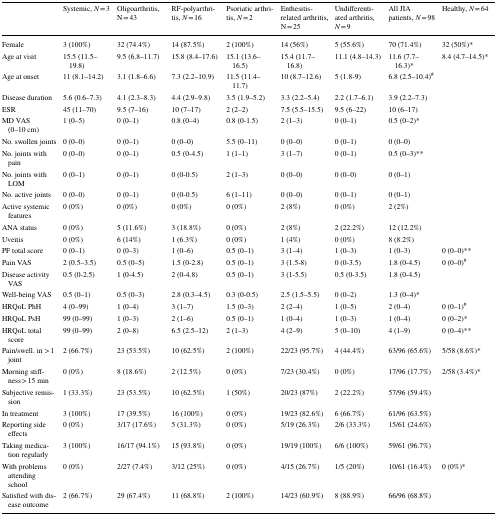
<table><thead><tr><td></td><td><b>Systemic, <i>N</i> = 3</b></td><td><b>Oligoarthritis, N = 43</b></td><td><b>RF-polyarthritis, <i>N</i> = 16</b></td><td><b>Psoriatic arthritis, <i>N</i> = 2</b></td><td><b>Enthesitis-related arthritis, N = 25</b></td><td><b>Undifferentiated arthritis, <i>N</i> = 9</b></td><td><b>All JIA patients, <i>N</i> = 98</b></td><td><b>Healthy, <i>N</i> = 64</b></td></tr></thead><tbody><tr><td>Female</td><td>3 (100%)</td><td>32 (74.4%)</td><td>14 (87.5%)</td><td>2 (100%)</td><td>14 (56%)</td><td>5 (55.6%)</td><td>70 (71.4%)</td><td>32 (50%)*</td></tr><tr><td>Age at visit</td><td>15.5 (11.5–19.8)</td><td>9.5 (6.8–11.7)</td><td>15.8 (8.4–17.6)</td><td>15.1 (13.6–16.5)</td><td>15.4 (11.7–16.8)</td><td>11.1 (4.8–14.3)</td><td>11.6 (7.7–16.3)*</td><td>8.4 (4.7–14.5)*</td></tr><tr><td>Age at onset</td><td>11 (8.1–14.2)</td><td>3.1 (1.8–6.6)</td><td>7.3 (2.2–10.9)</td><td>11.5 (11.4–11.7)</td><td>10 (8.7–12.6)</td><td>5 (1.8-9)</td><td>6.8 (2.5–10.4)<sup>#</sup></td><td></td></tr><tr><td>Disease duration</td><td>5.6 (0.6–7.3)</td><td>4.1 (2.3–8.3)</td><td>4.4 (2.9–9.8)</td><td>3.5 (1.9–5.2)</td><td>3.3 (2.2–5.4)</td><td>2.2 (1.7–6.1)</td><td>3.9 (2.2–7.3)</td><td></td></tr><tr><td>ESR</td><td>45 (11–70)</td><td>9.5 (7–16)</td><td>10 (7–17)</td><td>2 (2–2)</td><td>7.5 (5.5–15.5)</td><td>9.5 (6–22)</td><td>10 (6–17)</td><td></td></tr><tr><td>MD VAS (0–10 cm)</td><td>1 (0–5)</td><td>0 (0–1)</td><td>0.8 (0–4)</td><td>0.8 (0-1.5)</td><td>2 (1–3)</td><td>0 (0–1)</td><td>0.5 (0–2)*</td><td></td></tr><tr><td>No. swollen joints</td><td>0 (0–0)</td><td>0 (0–1)</td><td>0 (0–0)</td><td>5.5 (0–11)</td><td>0 (0–0)</td><td>0 (0–1)</td><td>0 (0–0)</td><td></td></tr><tr><td>No. joints with pain</td><td>0 (0–0)</td><td>0 (0–1)</td><td>0.5 (0-4.5)</td><td>1 (1–1)</td><td>3 (1–7)</td><td>0 (0–1)</td><td>0.5 (0–3)**</td><td></td></tr><tr><td>No. joints with LOM</td><td>0 (0–1)</td><td>0 (0–1)</td><td>0 (0-0.5)</td><td>2 (1–3)</td><td>0 (0–0)</td><td>0 (0–0)</td><td>0 (0–1)</td><td></td></tr><tr><td>No. active joints</td><td>0 (0–0)</td><td>0 (0–1)</td><td>0 (0-0.5)</td><td>6 (1–11)</td><td>0 (0–0)</td><td>0 (0–1)</td><td>0 (0–1)</td><td></td></tr><tr><td>Active systemic features</td><td>0 (0%)</td><td>0 (0%)</td><td>0 (0%)</td><td>0 (0%)</td><td>2 (8%)</td><td>0 (0%)</td><td>2 (2%)</td><td></td></tr><tr><td>ANA status</td><td>0 (0%)</td><td>5 (11.6%)</td><td>3 (18.8%)</td><td>0 (0%)</td><td>2 (8%)</td><td>2 (22.2%)</td><td>12 (12.2%)</td><td></td></tr><tr><td>Uveitis</td><td>0 (0%)</td><td>6 (14%)</td><td>1 (6.3%)</td><td>0 (0%)</td><td>1 (4%)</td><td>0 (0%)</td><td>8 (8.2%)</td><td></td></tr><tr><td>PF total score</td><td>0 (0–1)</td><td>0 (0–3)</td><td>1 (0–6)</td><td>0.5 (0–1)</td><td>3 (1–4)</td><td>1 (0–3)</td><td>1 (0–3)</td><td>0 (0–0)**</td></tr><tr><td>Pain VAS</td><td>2 (0.5–3.5)</td><td>0.5 (0–5)</td><td>1.5 (0-2.8)</td><td>0.5 (0–1)</td><td>3 (1.5-8)</td><td>0 (0-3.5)</td><td>1.8 (0-4.5)</td><td>0 (0–0)<sup>#</sup></td></tr><tr><td>Disease activity VAS</td><td>0.5 (0-2.5)</td><td>1 (0-4.5)</td><td>2 (0-4.8)</td><td>0.5 (0–1)</td><td>3 (1-5.5)</td><td>0.5 (0-3.5)</td><td>1.8 (0-4.5)</td><td></td></tr><tr><td>Well-being VAS</td><td>0.5 (0–1)</td><td>0.5 (0–3)</td><td>2.8 (0.3–4.5)</td><td>0.3 (0-0.5)</td><td>2.5 (1.5–5.5)</td><td>0 (0–2)</td><td>1.3 (0–4)*</td><td></td></tr><tr><td>HRQoL PhH</td><td>4 (0–99)</td><td>1 (0–4)</td><td>3 (1–7)</td><td>1.5 (0–3)</td><td>2 (2–4)</td><td>1 (0–5)</td><td>2 (0–4)</td><td>0 (0–1)<sup>#</sup></td></tr><tr><td>HRQoL PsH</td><td>99 (0–99)</td><td>1 (0–3)</td><td>2 (1–6)</td><td>0.5 (0–1)</td><td>1 (0–4)</td><td>1 (0–3)</td><td>1 (0–4)</td><td>0 (0–2)*</td></tr><tr><td>HRQoL total score</td><td>99 (0–99)</td><td>2 (0–8)</td><td>6.5 (2.5–12)</td><td>2 (1–3)</td><td>4 (2–9)</td><td>5 (0–10)</td><td>4 (1–9)</td><td>0 (0–4)**</td></tr><tr><td>Pain/swell. in &gt; 1 joint</td><td>2 (66.7%)</td><td>23 (53.5%)</td><td>10 (62.5%)</td><td>2 (100%)</td><td>22/23 (95.7%)</td><td>4 (44.4%)</td><td>63/96 (65.6%)</td><td>5/58 (8.6%)*</td></tr><tr><td>Morning stiffness &gt; 15 min</td><td>0 (0%)</td><td>8 (18.6%)</td><td>2 (12.5%)</td><td>0 (0%)</td><td>7/23 (30.4%)</td><td>0 (0%)</td><td>17/96 (17.7%)</td><td>2/58 (3.4%)*</td></tr><tr><td>Subjective remission</td><td>1 (33.3%)</td><td>23 (53.5%)</td><td>10 (62.5%)</td><td>1 (50%)</td><td>20/23 (87%)</td><td>2 (22.2%)</td><td>57/96 (59.4%)</td><td></td></tr><tr><td>In treatment</td><td>3 (100%)</td><td>17 (39.5%)</td><td>16 (100%)</td><td>0 (0%)</td><td>19/23 (82.6%)</td><td>6 (66.7%)</td><td>61/96 (63.5%)</td><td></td></tr><tr><td>Reporting side effects</td><td>0 (0%)</td><td>3/17 (17.6%)</td><td>5 (31.3%)</td><td>0 (0%)</td><td>5/19 (26.3%)</td><td>2/6 (33.3%)</td><td>15/61 (24.6%)</td><td></td></tr><tr><td>Taking medication regularly</td><td>3 (100%)</td><td>16/17 (94.1%)</td><td>15 (93.8%)</td><td>0 (0%)</td><td>19/19 (100%)</td><td>6/6 (100%)</td><td>59/61 (96.7%)</td><td></td></tr><tr><td>With problems attending school</td><td>0 (0%)</td><td>2/27 (7.4%)</td><td>3/12 (25%)</td><td>0 (0%)</td><td>4/15 (26.7%)</td><td>1/5 (20%)</td><td>10/61 (16.4%)</td><td>0 (0%)*</td></tr><tr><td>Satisfied with disease outcome</td><td>2 (66.7%)</td><td>29 (67.4%)</td><td>11 (68.8%)</td><td>2 (100%)</td><td>14/23 (60.9%)</td><td>8 (88.9%)</td><td>66/96 (68.8%)</td><td></td></tr></tbody></table>